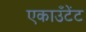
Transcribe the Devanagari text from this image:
एकाउँटेंट